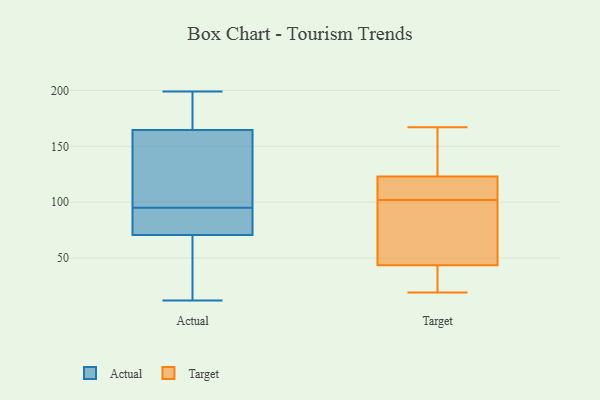
{"axis": {"x": "Latency (ms)", "y": "Value"}, "legend": ["Actual", "Target"], "data": [{"x": "", "y": 177, "type": "Actual"}, {"x": "", "y": 188, "type": "Actual"}, {"x": "", "y": 100, "type": "Actual"}, {"x": "", "y": 88, "type": "Actual"}, {"x": "", "y": 100, "type": "Actual"}, {"x": "", "y": 126, "type": "Actual"}, {"x": "", "y": 199, "type": "Actual"}, {"x": "", "y": 90, "type": "Actual"}, {"x": "", "y": 71, "type": "Actual"}, {"x": "", "y": 70, "type": "Actual"}, {"x": "", "y": 50, "type": "Actual"}, {"x": "", "y": 103, "type": "Actual"}, {"x": "", "y": 188, "type": "Actual"}, {"x": "", "y": 189, "type": "Actual"}, {"x": "", "y": 72, "type": "Actual"}, {"x": "", "y": 74, "type": "Actual"}, {"x": "", "y": 12, "type": "Actual"}, {"x": "", "y": 44, "type": "Actual"}, {"x": "", "y": 32, "type": "Actual"}, {"x": "", "y": 152, "type": "Actual"}, {"x": "", "y": 64, "type": "Target"}, {"x": "", "y": 160, "type": "Target"}, {"x": "", "y": 32, "type": "Target"}, {"x": "", "y": 152, "type": "Target"}, {"x": "", "y": 47, "type": "Target"}, {"x": "", "y": 147, "type": "Target"}, {"x": "", "y": 102, "type": "Target"}, {"x": "", "y": 167, "type": "Target"}, {"x": "", "y": 115, "type": "Target"}, {"x": "", "y": 114, "type": "Target"}, {"x": "", "y": 33, "type": "Target"}, {"x": "", "y": 109, "type": "Target"}, {"x": "", "y": 24, "type": "Target"}, {"x": "", "y": 19, "type": "Target"}, {"x": "", "y": 88, "type": "Target"}, {"x": "", "y": 61, "type": "Target"}, {"x": "", "y": 108, "type": "Target"}]}